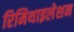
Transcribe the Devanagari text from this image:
रिमिथाइलेशन